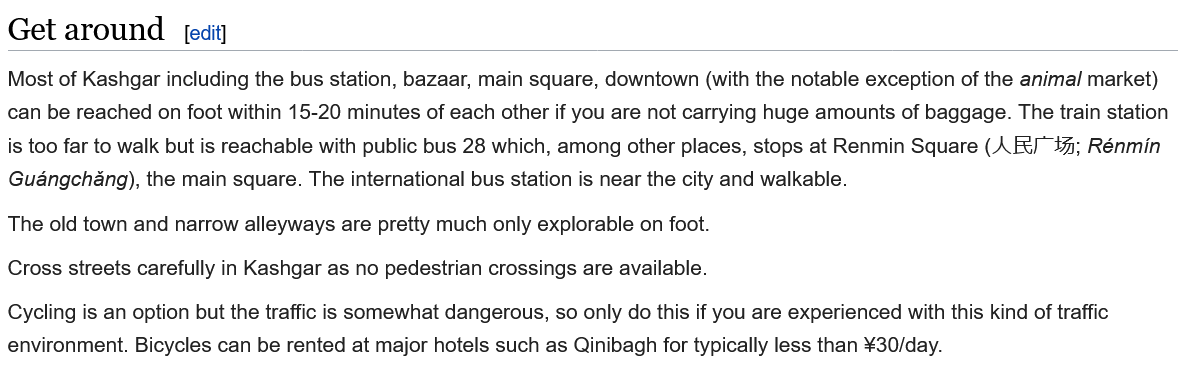
Get around    [edit]
  Most of Kashgar including the bus station, bazaar, main square, downtown (with the notable exception of the animal market)
  can be reached on foot within 15-20 minutes of each other if you are not carrying huge amounts of baggage. The train station
  is too far to walk but is reachable with public bus 28 which, among other places, stops at Renmin Square (A E&I” 4%; Rénmin
  Guangchang), the main square. The international bus station is near the city and walkable.
  The old town and narrow alleyways are pretty much only explorable on foot.
  Cross streets carefully in Kashgar as no pedestrian crossings are available.
  Cycling is an option but the traffic is somewhat dangerous, so only do this if you are experienced with this kind of traffic
  environment. Bicycles can be rented at major hotels such as Qinibagh for typically less than ¥30/day.